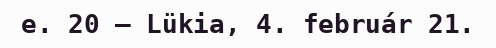
e. 20 – Lükia, 4. február 21.